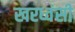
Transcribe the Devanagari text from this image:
खरध्वंसी